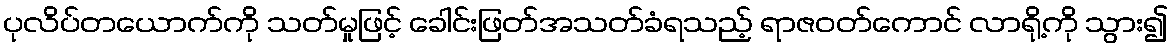
ပုလိပ်တယောက်ကို သတ်မှုဖြင့် ခေါင်းဖြတ်အသတ်ခံရသည့် ရာဇဝတ်ကောင် လာရို့ကို သွား၍